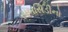
સબસિડીનો